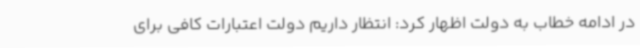
در ادامه خطاب به دولت اظهار کرد: انتظار داریم دولت اعتبارات کافی برای